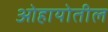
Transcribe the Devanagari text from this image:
ओहायोतील